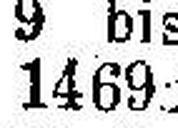
1469###